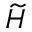
\widetilde { H }